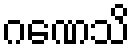
ဂဏေသိ